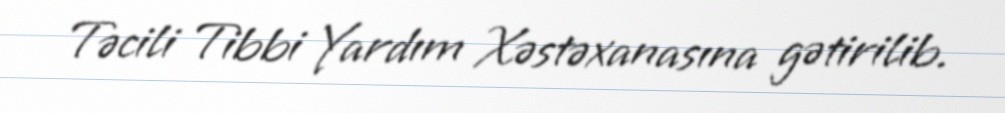
Təcili Tibbi Yardım Xəstəxanasına gətirilib.